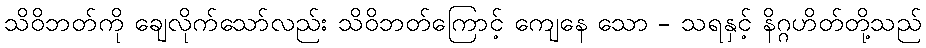
သိဝိဘတ်ကို ချေလိုက်သော်လည်း သိဝိဘတ်ကြောင့် ကျေနေ သော - သရနှင့် နိဂ္ဂဟိတ်တို့သည်